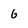
Character: 6